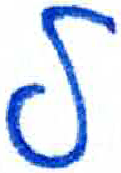
אות: ל